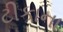
ટીકાના